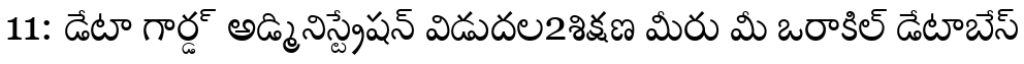
11: డేటా గార్డ్ అడ్మినిస్ట్రేషన్ విడుదల2శిక్షణ మీరు మీ ఒరాకిల్ డేటాబేస్